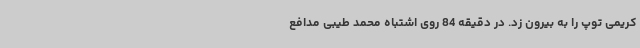
کریمی توپ را به بیرون زد. در دقیقه 84 روی اشتباه محمد طیبی مدافع